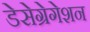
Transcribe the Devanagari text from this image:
डेसेग्रेगेशन